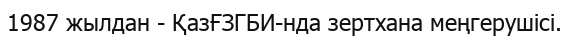
1987 жылдан - ҚазҒЗГБИ-нда зертхана меңгерушісі.